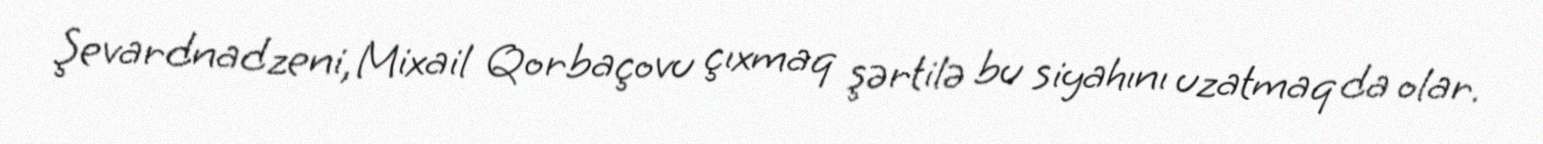
Şevardnadzeni, Mixail Qorbaçovu çıxmaq şərtilə bu siyahını uzatmaq da olar.